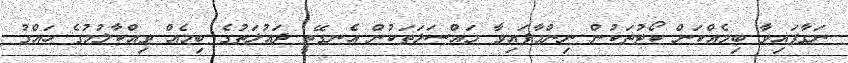
ނަގާފައިވާ ބިމެއްކަން ކޯޓުތަކުން ނިންމާފައިވާ މައްސަލަތަކުން އެނގޭތީ ދައުލަތުގެ ބިމެއް ވިއްކާލުމުގެ ހައްގު